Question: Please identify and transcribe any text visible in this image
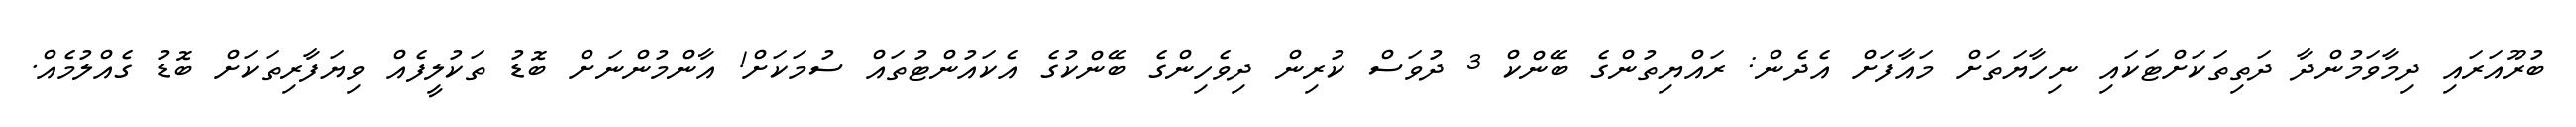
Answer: ބުރޫއަރައި ދިމާވަމުންދާ ދަތިތަކަށްޓަކައި ނިހާޔަތަށް މައާފަށް އެދެން: ރައްޔިތުންގެ ބޭންކް 3 ދުވަސް ކުރިން ދިވެހިންގެ ބޭންކުގެ އެކައުންޓުތައް ސުމަކަށް! އާންމުންނަށް ބޮޑު ތަކުލީފެއް ވިޔަފާރިތަކަށް ބޮޑު ގެއްލުމެއް.